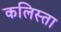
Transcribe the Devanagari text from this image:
कलिस्ता